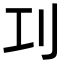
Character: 㓚